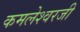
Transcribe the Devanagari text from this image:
कमलेश्वरजी